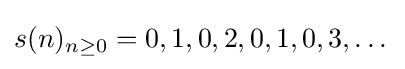
s(n)_{n\geq 0}=0,1,0,2,0,1,0,3,\dots